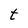
Character: t